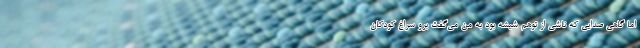
اما گاهی صدایی که ناشی از توهم شیشه بود به من می‌گفت برو سراغ کودکان